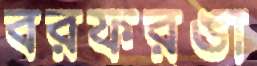
বরফরঙা